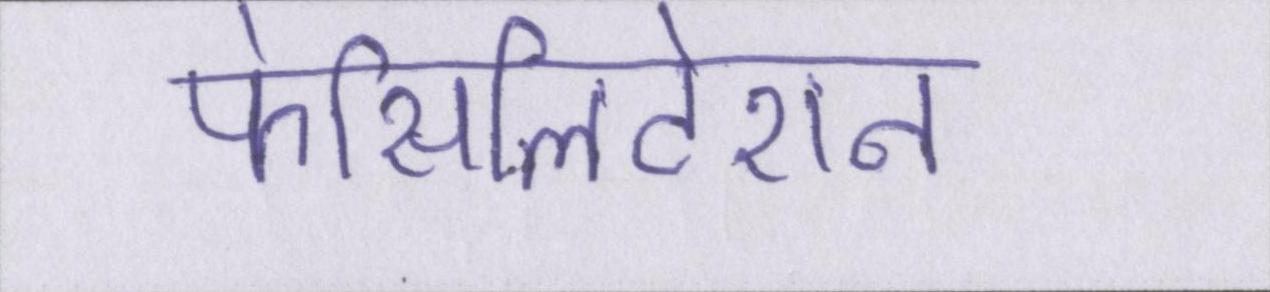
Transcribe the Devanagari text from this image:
फेसिलिटेशन